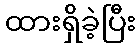
ထားရှိခဲ့ပြီး